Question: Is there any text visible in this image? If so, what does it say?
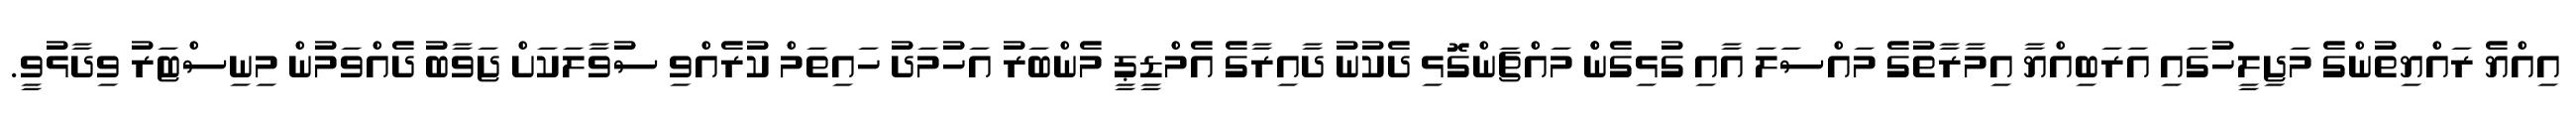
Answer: އިއްޔެ ރައްޔިތުންގެ މަޖިލީހުގައި އަރަބިއްޔާ އިމާރާތުގެ މައްސަލަ އާއި ގުޅިގެންް މައްޗަންގޮޅި ދެކުނު ދާއިރާގެ އެމްޑީޕީ މެންބަރު އަހުމަދު ހައިތަމް ކުރެއްވި ސުވާލަކަށް ޖަވާބު ދެއްވަމުން މިނިސްޓަރު ވިދާޅުވީ.